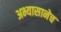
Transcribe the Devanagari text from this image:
अभ्यासानेच